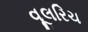
વૂલરિચ